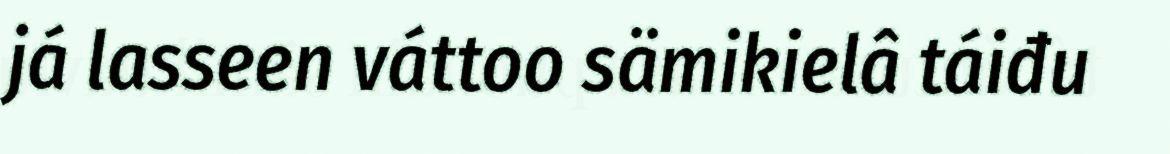
já lasseen váttoo sämikielâ táiđu